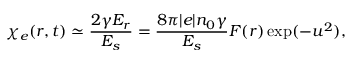
\chi _ { e } ( r , t ) \simeq \frac { 2 \gamma E _ { r } } { E _ { s } } = \frac { 8 \pi | e | n _ { 0 } \gamma } { E _ { s } } F ( r ) \exp ( - u ^ { 2 } ) ,